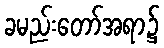
ခမည်းတော်အရာ၌